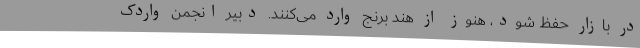
در بازار حفظ شود، هنوز از هند برنج وارد می‌کنند. دبیر انجمن واردک